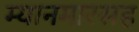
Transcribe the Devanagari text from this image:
म्यानमारसह